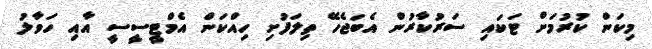
މިކަން ކުރުމަށް ޓަކައި ސަރުކާރުން އެބަޖެހޭ ތިލަފުށި ހިއްކަން އެމްޓީސީސީ އާއި ހަވާލު